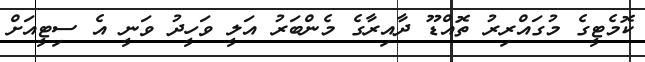
ކޮމެޓީގެ މުގައްރިރު ތޮއްޑޫ ދާއިރާގެ މެންބަރު އަލީ ވަހީދު ވަނީ އެ ސިޓީއަށް